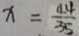
x = \frac { 4 4 } { 3 5 }